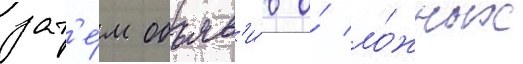
зат'е́м объяв'и́в о́ ло́жных